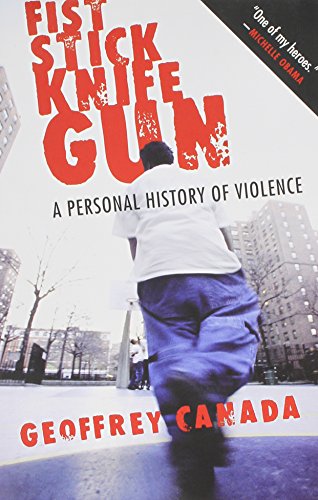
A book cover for Fist Stick Knife Gun: A Personal History of Violence; Geoffrey Canada; Biographies & Memoirs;